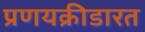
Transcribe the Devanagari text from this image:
प्रणयक्रीडारत